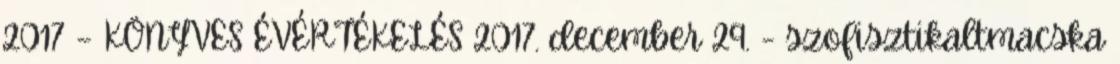
2017 – KÖNYVES ÉVÉRTÉKELÉS 2017. december 29. - szofisztikaltmacska